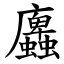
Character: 蠯